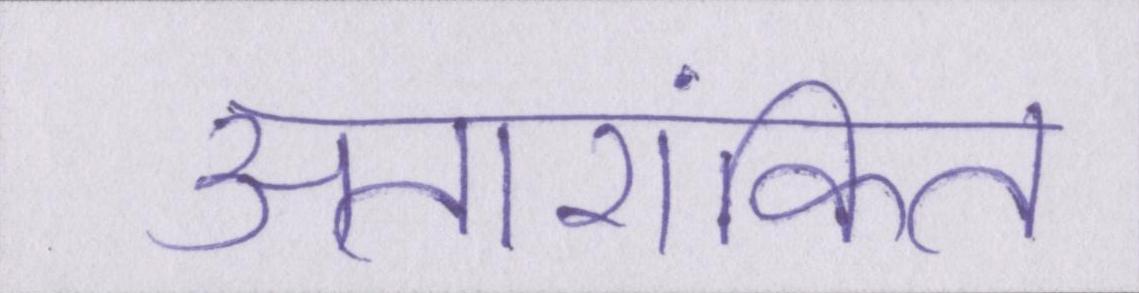
अतारांकित